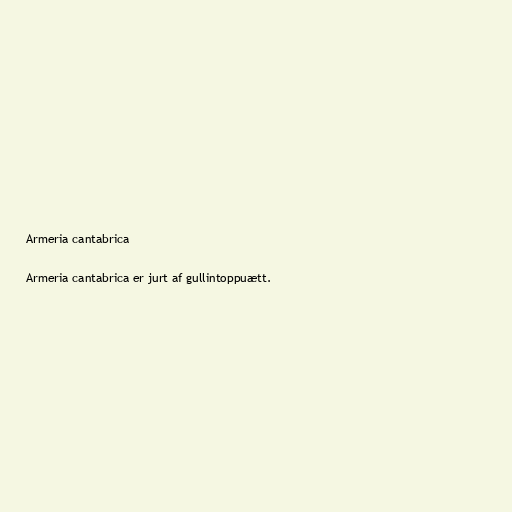
Armeria cantabrica

Armeria cantabrica er jurt af gullintoppuætt.